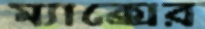
ম্যাক্সের